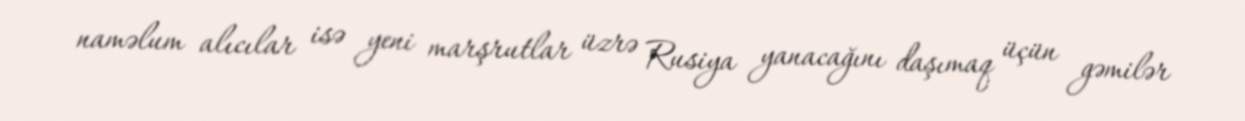
naməlum alıcılar isə yeni marşrutlar üzrə Rusiya yanacağını daşımaq üçün gəmilər